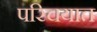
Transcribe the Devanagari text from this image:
परिचयात